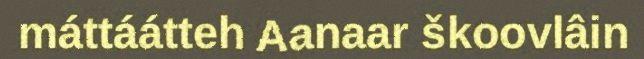
máttáátteh Aanaar škoovlâin